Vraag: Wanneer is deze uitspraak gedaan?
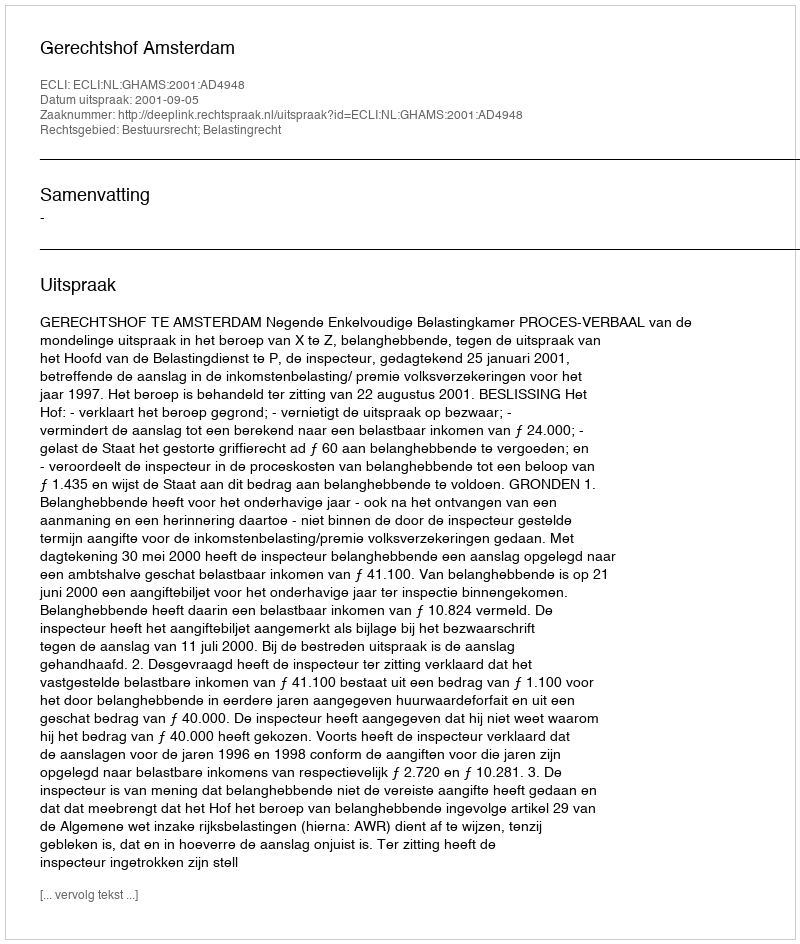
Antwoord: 2001-09-05